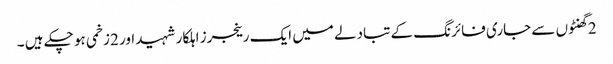
2 گھنٹوں سے جاری فائرنگ کے تبادلے میں ایک رینجرز اہلکار شہید اور 2زخمی ہو چکے ہیں ۔